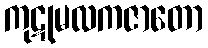
ကုဋုမလကဇာတော